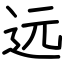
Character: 远